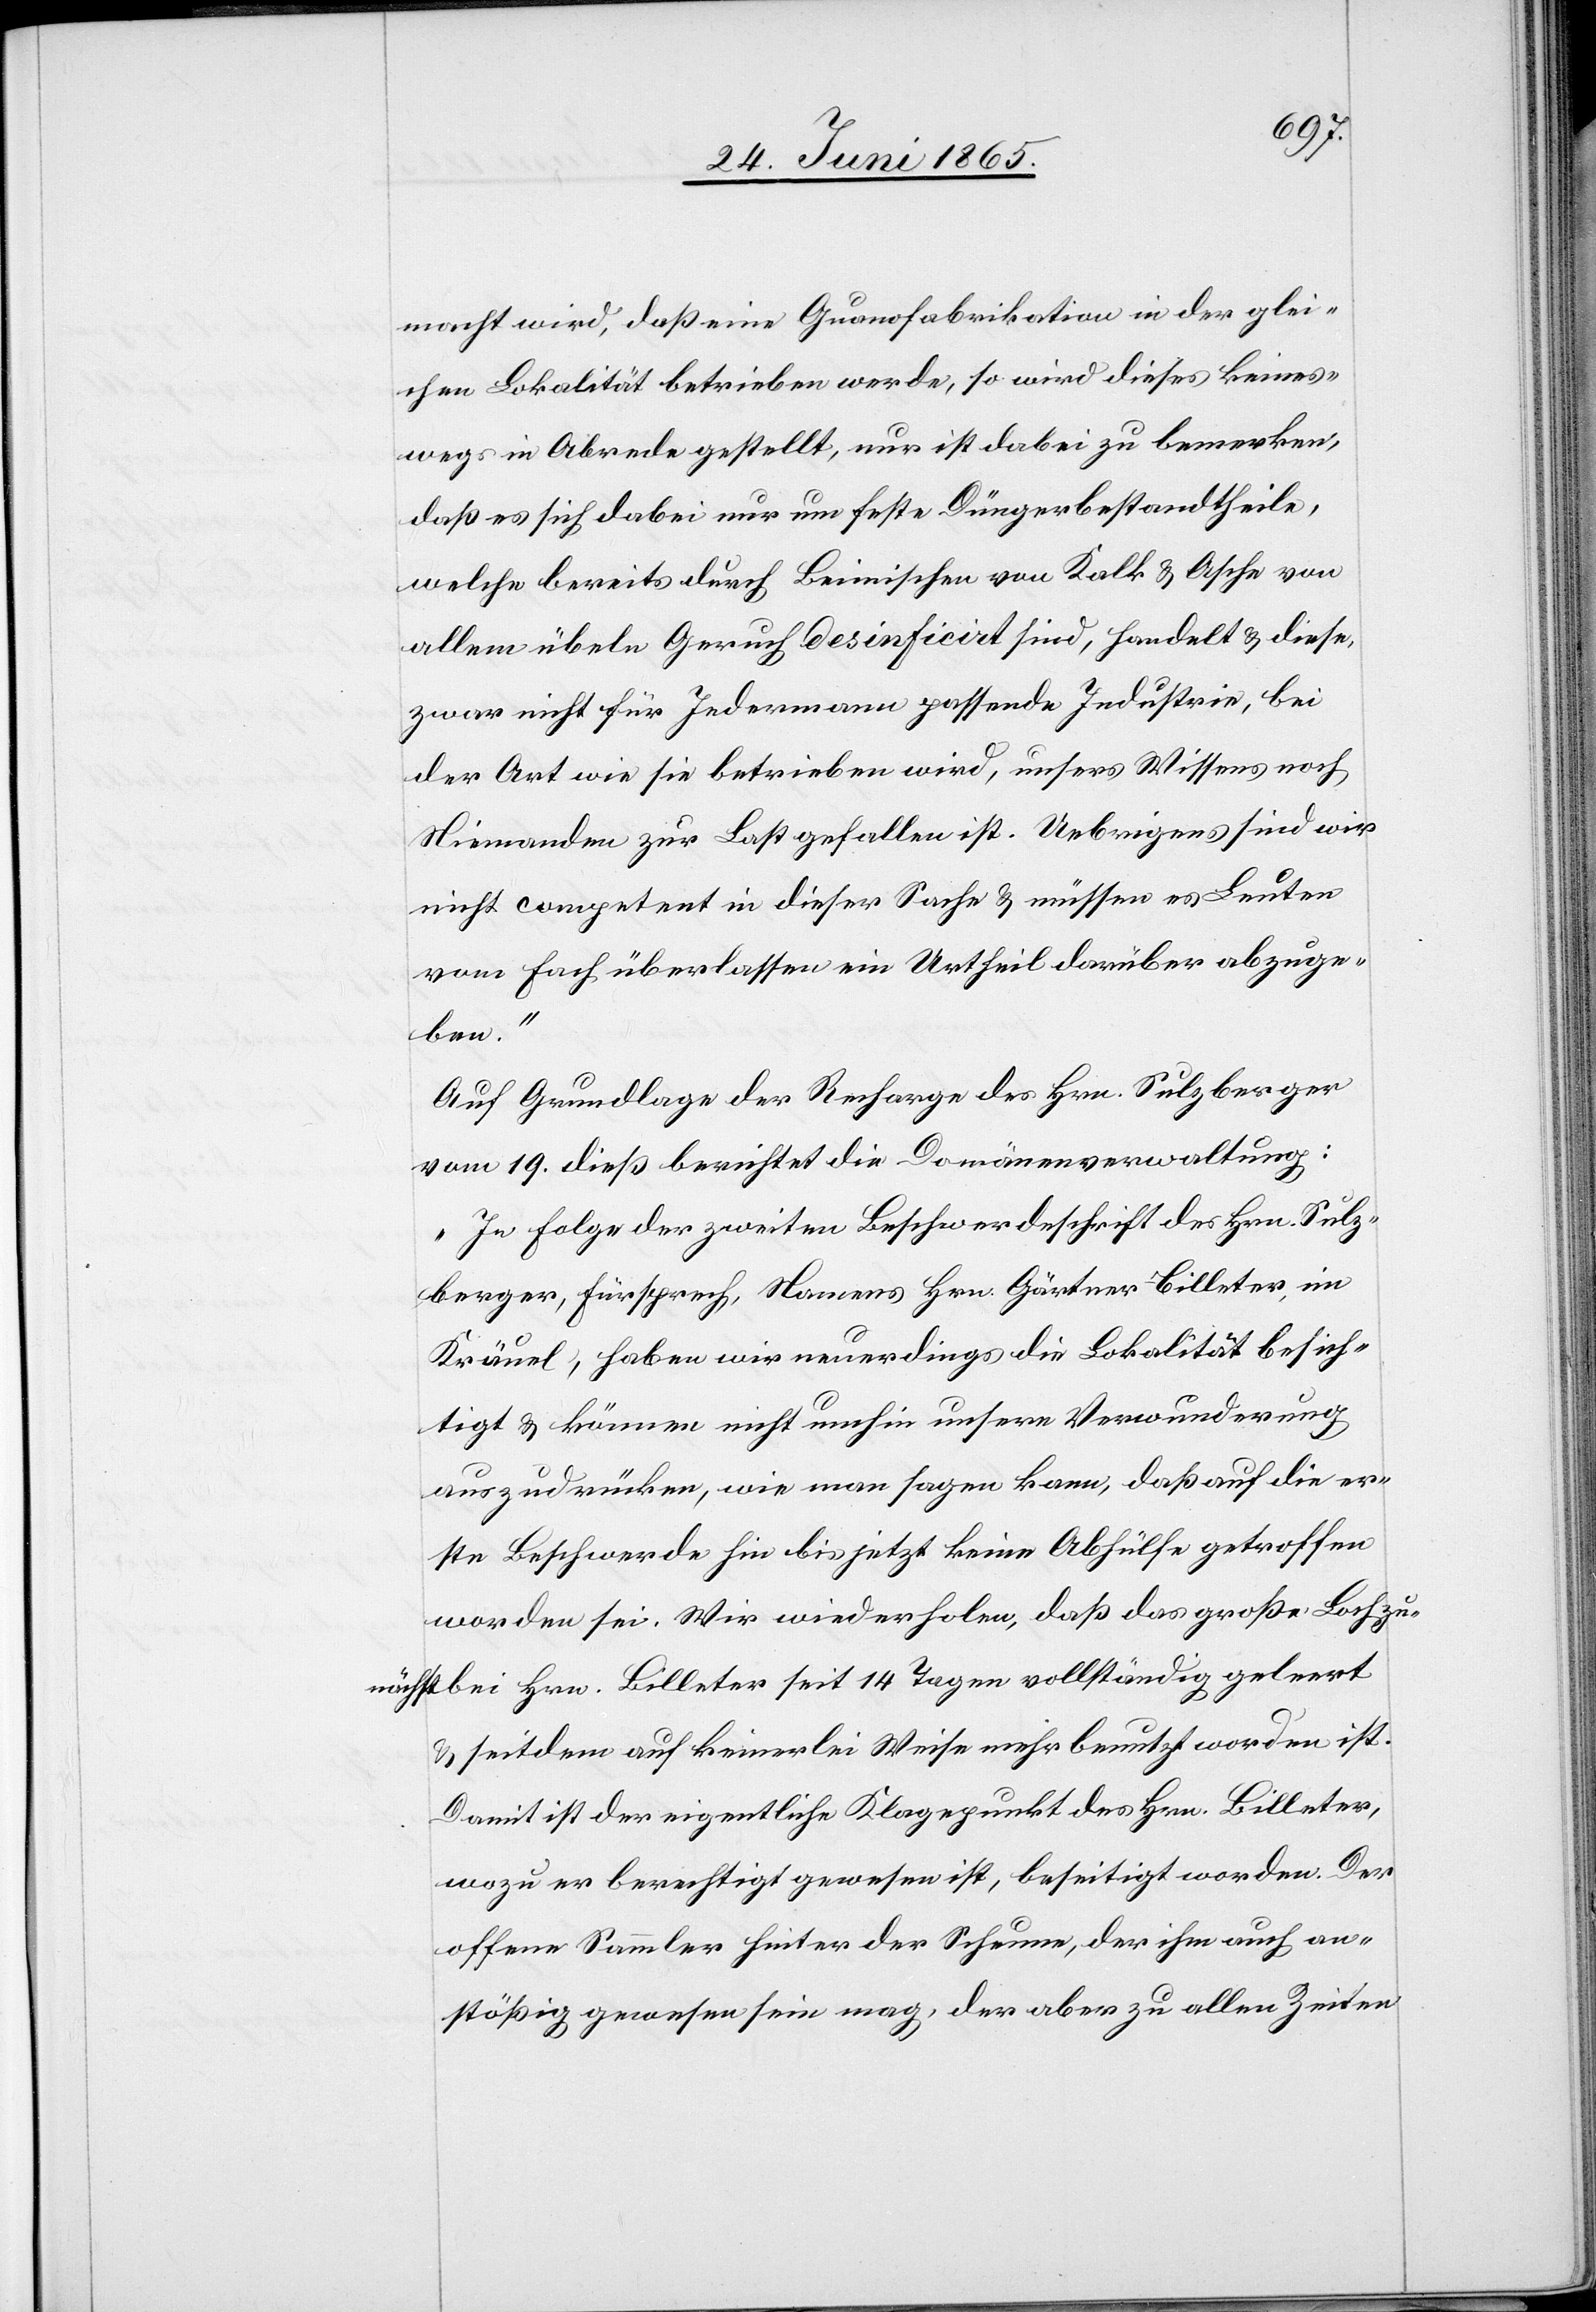
macht wird, daß eine Guanofabrikation in der glei¬
chen Lokalität betrieben werde, so wird dieses keines¬
wegs in Abrede gestellt, nur ist dabei zu bemerken,
daß es sich dabei nur um feste Düngerbestandtheile,
welche bereits durch Beimischen von Kalk & Asche von
allem übeln Geruch desinficirt sind, handelt & diese,
zwar nicht für Jedermann passende Industrie, bei
der Art wie sie betrieben wird, unsers Wissens noch
Niemanden zur Last gefallen ist. Uebrigens sind wir
nicht competent in dieser Sache & müssen es Leuten
vom Fach überlassen ein Urtheil darüber abzuge¬
ben.“
Auf Grundlage der Recharge des Hrn. Sulzberger
vom 19. dieß berichtet die Domänenverwaltung:
„In Folge der zweiten Beschwerdeschrift des Hrn. Sulz¬
berger, Fürsprech, Namens Hrn. Gärtner Billeter, im
Kräuel, haben wir neuerdings die Lokalität besich¬
tigt & können nicht umhin unsere Verwunderung
auszudrücken, wie man sagen kann, daß auf die er¬
ste Beschwerde hin bis jetzt keine Abhülfe getroffen
worden sei. Wir wiederholen, daß das große Loch zu¬
nächst bei Hrn. Billeter seit 14 Tagen vollständig geleert
& seitdem auf keinerlei Weise mehr benutzt worden ist.
Damit ist der eigentliche Klagepunkt des Hrn. Billeter,
wozu er berechtigt gewesen ist, beseitigt worden. Der
offene Sammler hinter der Scheune, der ihm auch an¬
stößig gewesen sein mag, der aber zu allen Zeiten